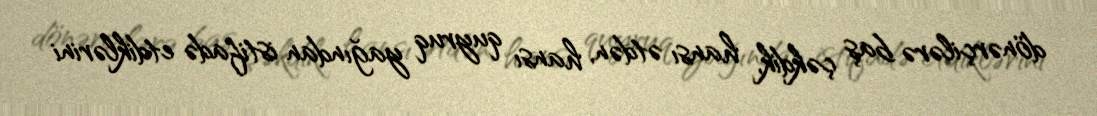
dönərçilərə baş çəkdik, hansı ətdən, hansı quyruq yağından istifadə etdiklərini